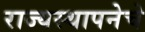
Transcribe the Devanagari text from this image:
राज्यस्थापनेचे